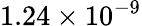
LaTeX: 1.24\times 10^{-9}